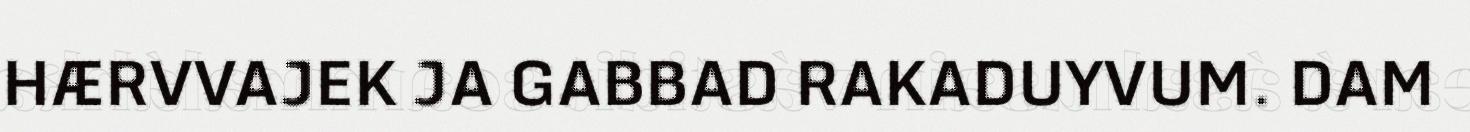
HÆRVVAJEK JA GABBAD RAKADUYVUM. DAM